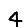
Digit: 4